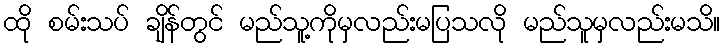
ထို စမ်းသပ် ချိန်တွင် မည်သူ့ကိုမှလည်းမပြသလို မည်သူမှလည်းမသိ။